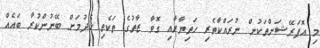
މި އޮޕަރޭޝަންތަކުން ނުރައްކާތެރި ހަތިޔާރާއި ގޮވާ ޒާތުގެ ތަކެތި ހެދުމަށް ބޭނުންކުރާ ބައެއް